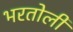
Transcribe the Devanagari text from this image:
भरतोली